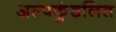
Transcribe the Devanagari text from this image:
अल्पकुंडलित